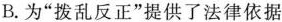
B.为”拨乱反正”提供了法律依据